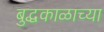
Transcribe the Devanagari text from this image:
बुद्धकाळाच्या